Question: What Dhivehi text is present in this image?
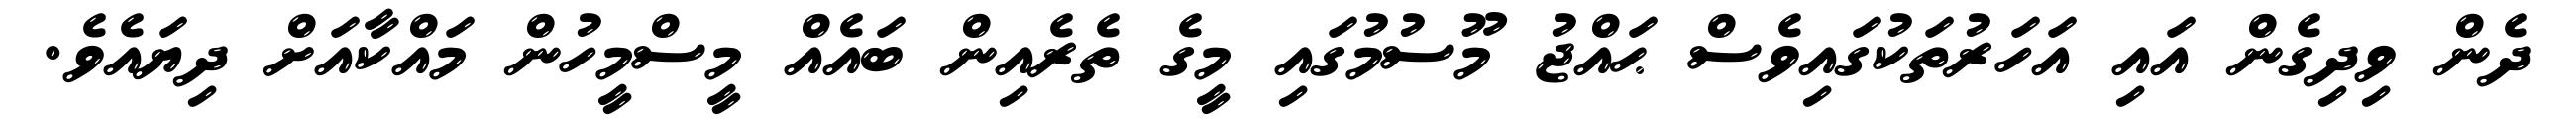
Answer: ދެން ވިދިގެން އައި އަހަރުތަކުގައިވެސް ޙައްޖު މޫސުމުގައި މީގެ ތެރެއިން ބައެއް މީސްމީހުން މައްކާއަށް ދިޔައެވެ.